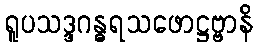
ရူပသဒ္ဒဂန္ဓရသဖောဋ္ဌဗ္ဗာနိ